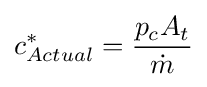
c_{Actual}^{*}={\frac {p_{c}A_{t}}{\dot {m}}}